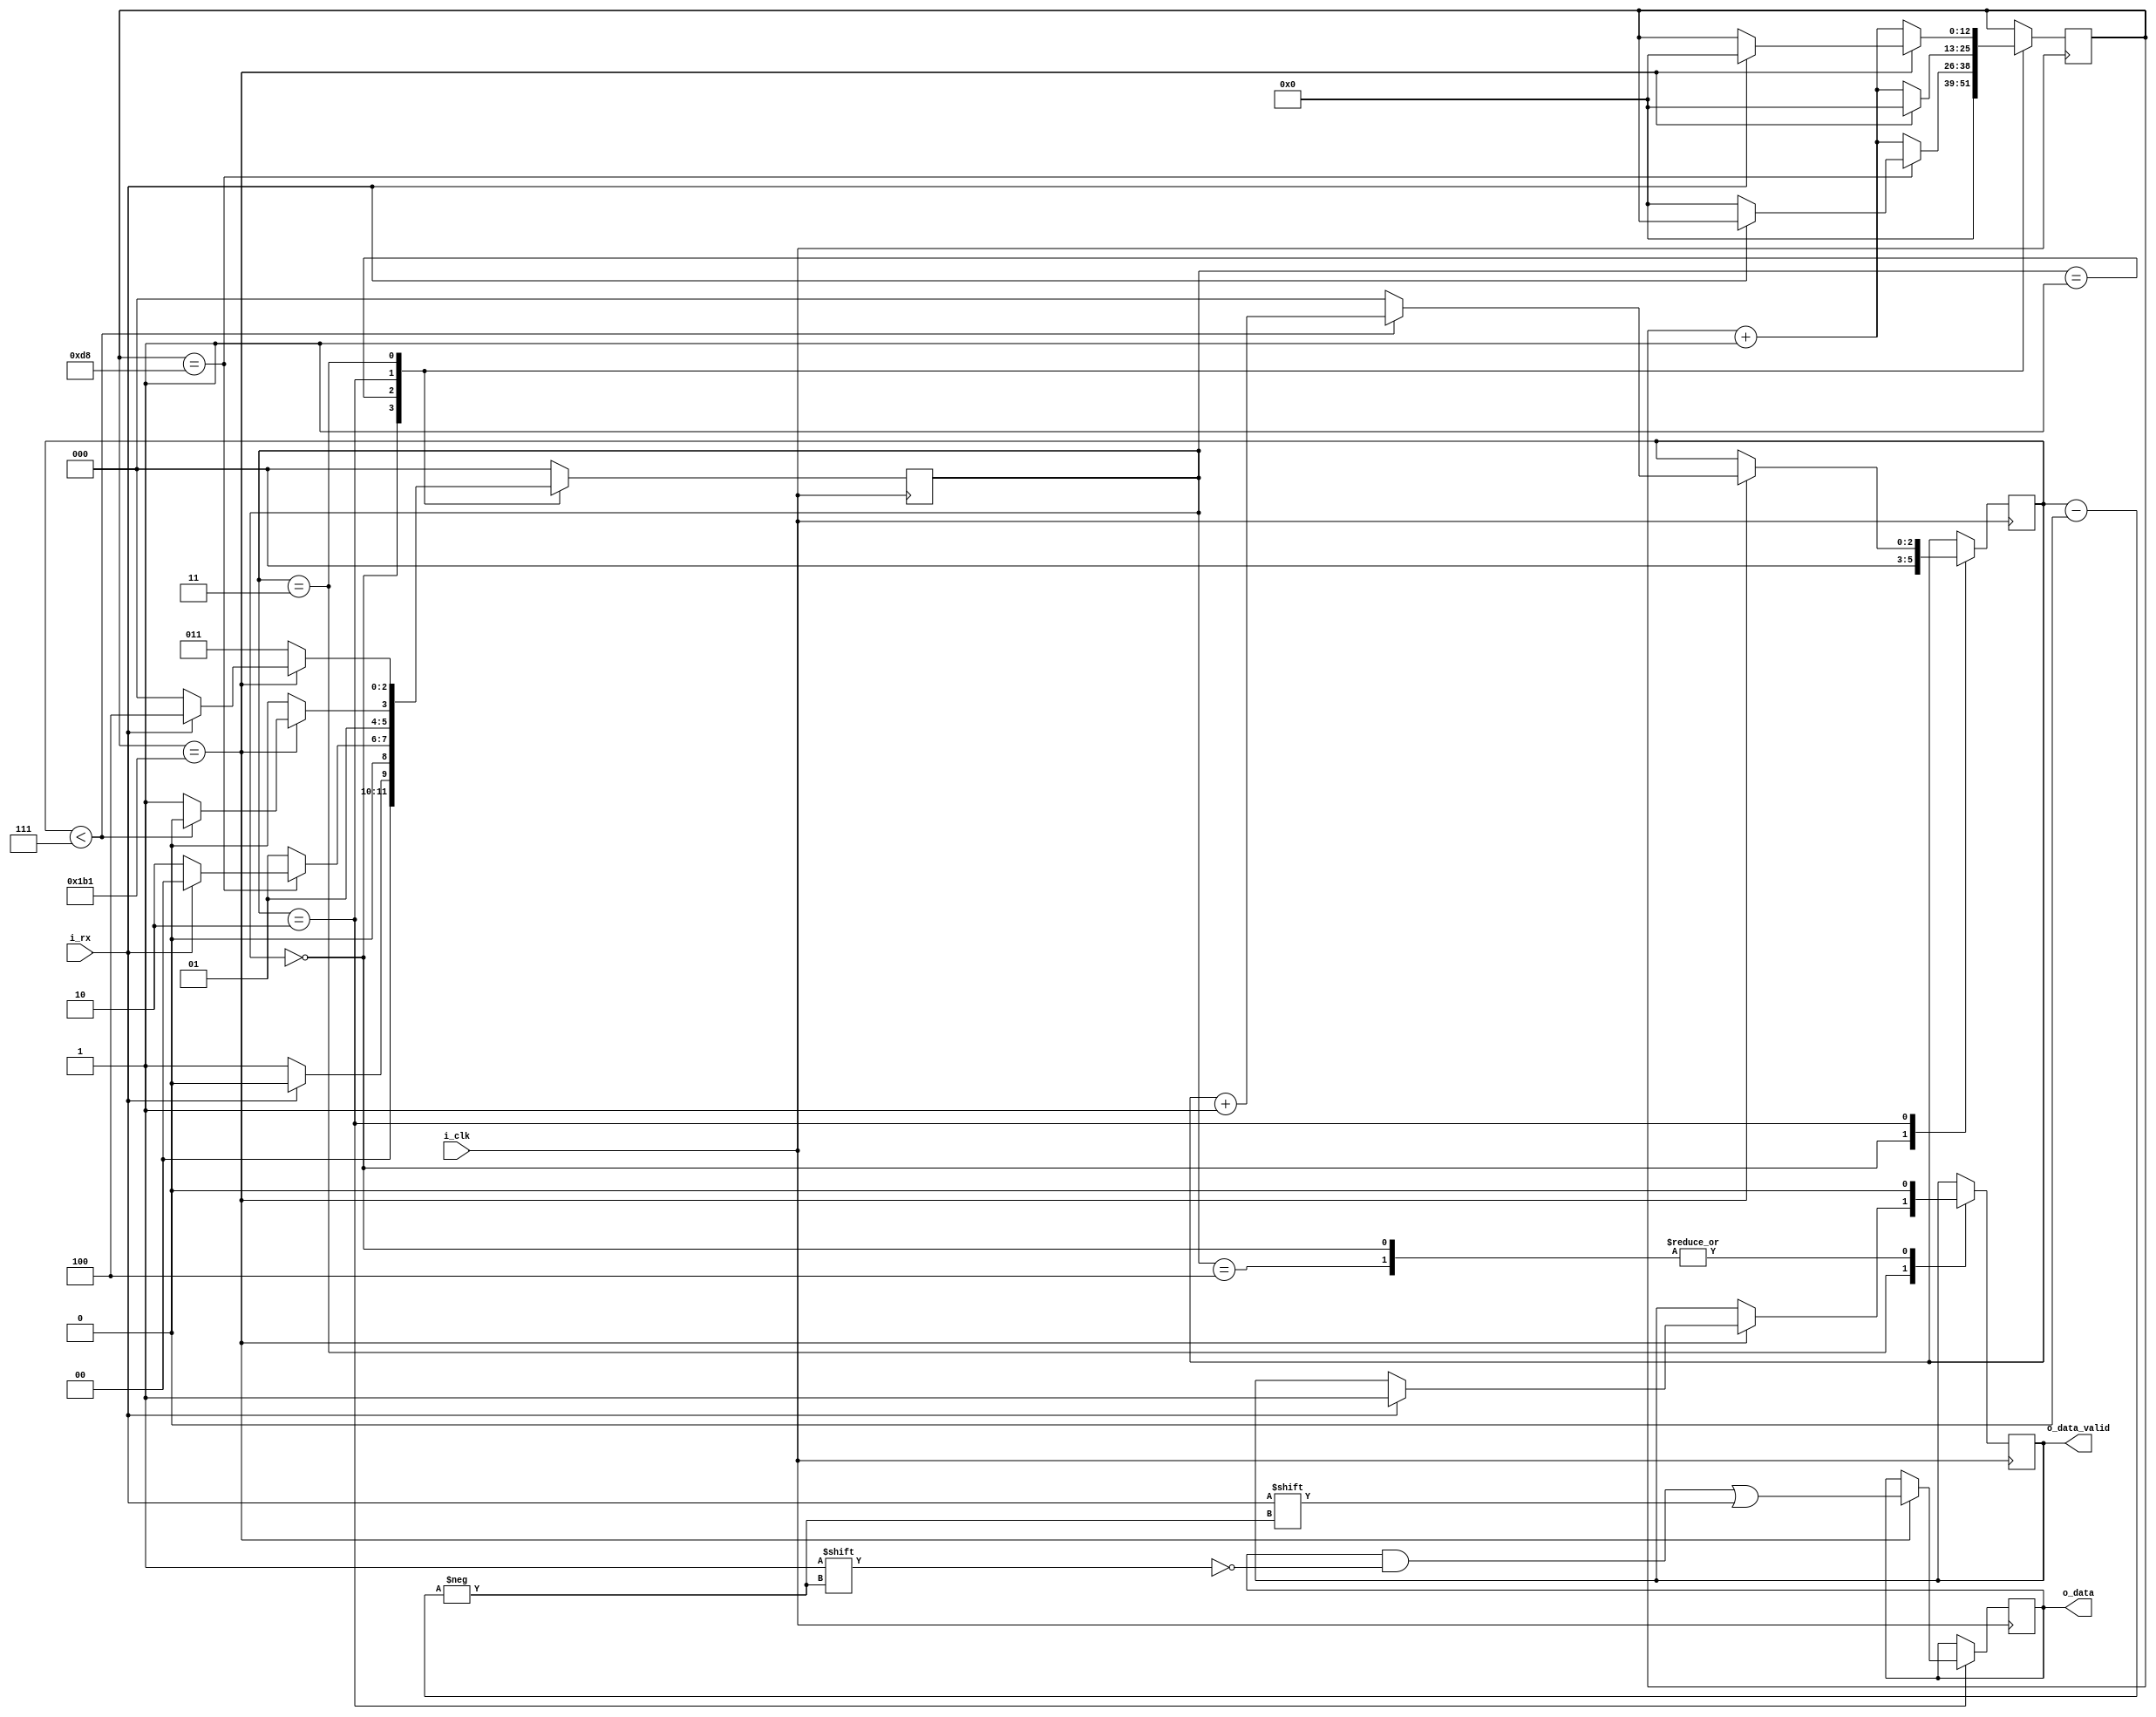
// CLK_COUNT = (i_clk_frequency)/(baud_rate)
// Example:
//	50 000 000 Hz/115 200 baud ~ 434
//	50 000 000 Hz/9 600 baud ~ 5208

module uart_rx (
	input i_clk,
	input i_rx,
	output [7:0] o_data,
	output o_data_valid
);

parameter CLK_COUNT = 434;	//baud=115200

parameter IDLE = 3'b000;
parameter START_BIT = 3'b001;
parameter DATA_BIT = 3'b010;
parameter STOP_BIT = 3'b011;
parameter END = 3'b100;

reg [2:0] r_state = 0;
reg [12:0] r_counter = 0;
reg [2:0] r_index = 0;
reg [7:0] r_data = 0;
reg r_data_valid = 0;

	always @ (posedge i_clk)
	begin
		case(r_state)
			IDLE:
			begin
				r_data_valid <= 1'b0;
				r_counter <= 0;
				r_index <= 0;
				
				if(i_rx == 1'b0) r_state <= START_BIT;
				else r_state <= IDLE;
			end
			
			START_BIT:
			begin
				if(r_counter == (CLK_COUNT-1)/2)
				begin
					if(i_rx == 1'b0)
					begin
						r_counter <= 0;
						r_state <= DATA_BIT;
					end
					else r_state <= IDLE;
				end
				else 
				begin
					r_counter <= r_counter + 1;
					r_state <= START_BIT;
				end
			end
			
			DATA_BIT:
			begin
				if(r_counter == CLK_COUNT-1)
				begin
					r_counter <= 0;
					r_data[r_index] <= i_rx;
					
					if(r_index<7)
					begin
						r_index <= r_index + 1;
						r_state <= DATA_BIT;
					end
					else
					begin
						r_index <= 0;
						r_state <= STOP_BIT;
					end
				end
				else 
				begin
					r_counter <= r_counter + 1;
					r_state <= DATA_BIT;
				end
			end
			
			STOP_BIT:
			begin
				if(r_counter == CLK_COUNT-1)
				begin
					if(i_rx == 1'b1)
					begin
						r_counter <= 0;
						r_data_valid <= 1'b1;
						r_state <= END;
					end
					else r_state <= IDLE;
				end
				else 
				begin
					r_counter <= r_counter + 1;
					r_state <= STOP_BIT;
				end
			end
			
			END:
			begin
				r_data_valid <= 1'b0;
				r_state <= IDLE;
			end
			
			default:
			begin
				r_state <= IDLE;
			end
		endcase
	end

	assign o_data = r_data;
	assign o_data_valid = r_data_valid;
	
endmodule